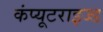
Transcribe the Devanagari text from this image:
कंप्यूटराइज्ड